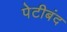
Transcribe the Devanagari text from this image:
पेटीबंद